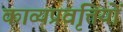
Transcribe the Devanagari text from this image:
काव्यप्रवृत्तियों